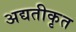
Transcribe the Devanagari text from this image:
अद्यतीकृत